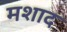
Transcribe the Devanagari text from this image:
मशाद